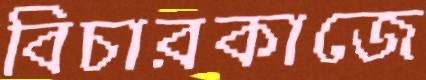
বিচারকাজে